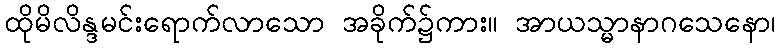
ထိုမိလိန္ဒမင်းရောက်လာသော အခိုက်၌ကား။ အာယသ္မာနာဂသေနော၊